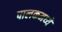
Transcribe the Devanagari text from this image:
पालकमध्ये